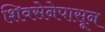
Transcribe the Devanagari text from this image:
शिवसेनेपासून